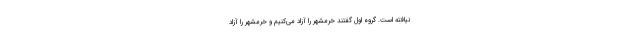
نیافته است. گروه اول گفتند خرمشهر را آزاد می‌کنیم و خرمشهر را آزاد